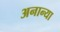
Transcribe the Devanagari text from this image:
अनान्या